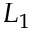
L _ { 1 }